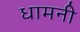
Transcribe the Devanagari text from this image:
धामनी